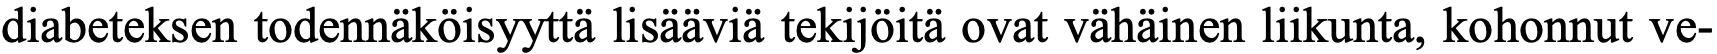
diabeteksen todennäköisyyttä lisääviä tekijöitä ovat vähäinen liikunta, kohonnut ve-